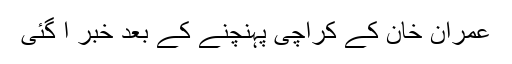
عمران خان کے کراچی پہنچنے کے بعد خبر آ گئی